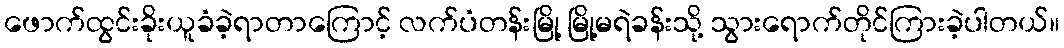
ဖောက်ထွင်းခိုးယူခံခဲ့ရာတာကြောင့် လက်ပံတန်းမြို့ မြို့မရဲခန်းသို့ သွားရောက်တိုင်ကြားခဲ့ပါတယ်။